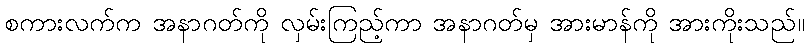
စကားလက်က အနာဂတ်ကို လှမ်းကြည့်ကာ အနာဂတ်မှ အားမာန်ကို အားကိုးသည်။